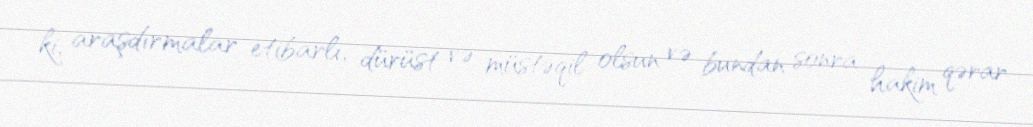
ki, araşdırmalar etibarlı, dürüst və müstəqil olsun və bundan sonra hakim qərar